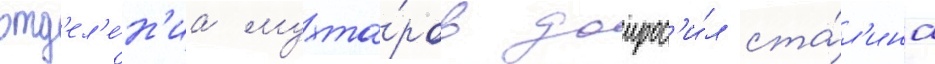
отд'ел'е́н'иа мухта́ров допрос'и́л ста́л'ина